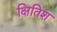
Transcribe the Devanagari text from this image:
क्षितिश